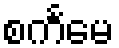
စင်္ကမေ